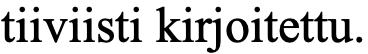
tiiviisti kirjoitettu.